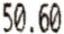
50.60